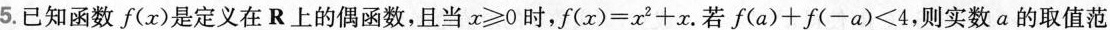
5.已知函数f(x)是定义在R上的偶函数，且当x\ge0时，f(x)=x^{2}+x。若f(a)+f(-a)< 4，则实数a的取值范